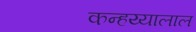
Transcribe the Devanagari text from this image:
कन्हय्यालाल